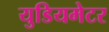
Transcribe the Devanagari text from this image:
युडियमेटर